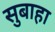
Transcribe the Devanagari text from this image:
सुबाहा